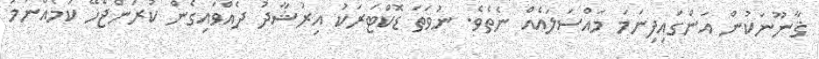
ޤާނޫނަކުން އަންގައިފިނަމަ މައްސަލައެއް ނެތެވެ. ނުވަތަ ޑޮކްޓަރަކު އިރުޝާދު ދެއްވައިގެން ކުރަންޖެހޭ ކަމެއްނަމަ